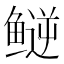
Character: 𬶪